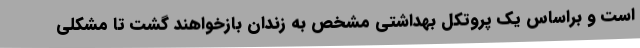
است و براساس یک پروتکل بهداشتی مشخص به زندان بازخواهند گشت تا مشکلی